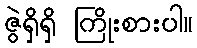
ဇွဲရှိရှိ ကြိုးစားပါ။